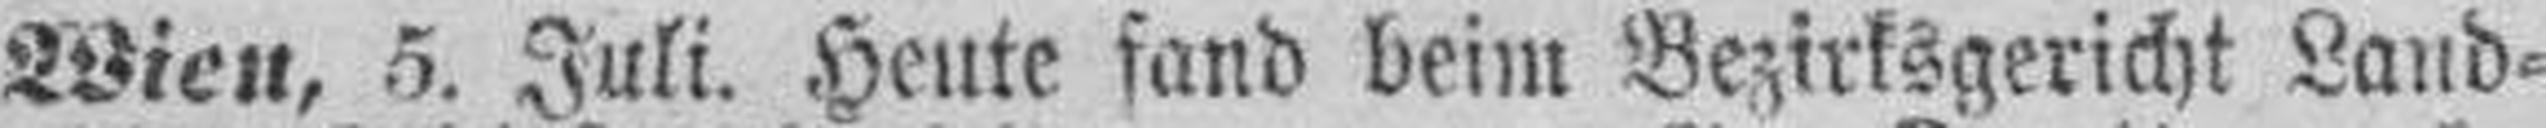
Wien, 5. Juli. Heute fand beim Bezirksgericht Land¬